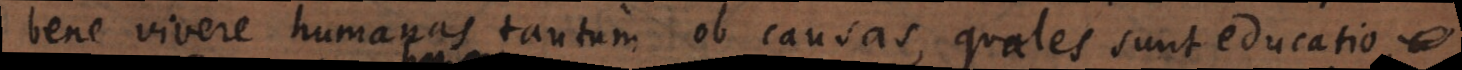
bene vivere humanas tantum ob causas, quales sunt educatio,